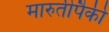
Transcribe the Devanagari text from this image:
मारुतीपैकी